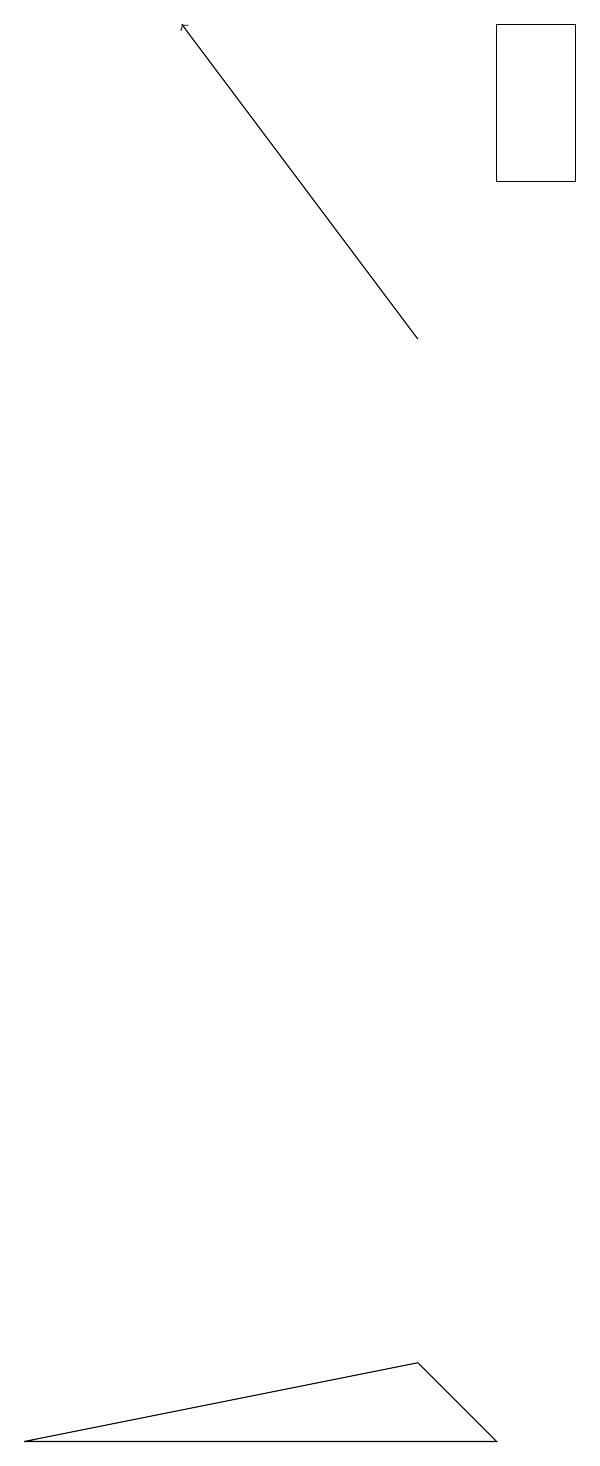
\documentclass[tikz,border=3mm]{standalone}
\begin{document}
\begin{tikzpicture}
\draw (7,16) rectangle (6,18);
\draw[->] (5,14) -- (2,18);
\draw (6,0) -- (0,0) -- (5,1) -- cycle;
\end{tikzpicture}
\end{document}